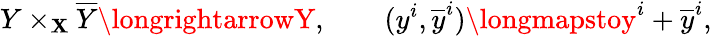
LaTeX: Y\times_{\mathbf{X}}{\overline{{{Y}}}}\longrightarrowY,\qquad(y^{i},{\overline{{{y}}}}^{i})\longmapstoy^{i}+{\overline{{{y}}}}^{i},